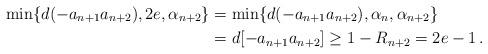
LaTeX: \begin{align*} \min\{d(-a_{n+1}a_{n+2}),2e,\alpha_{n+2}\}&=\min\{d(-a_{n+1}a_{n+2}),\alpha_{n},\alpha_{n+2}\}\\ &=d[-a_{n+1}a_{n+2}]\ge 1-R_{n+2}=2e-1\,. \end{align*}